Lunatic asylums Punjab 1868-1880 - 1868-1880
Year: 1868
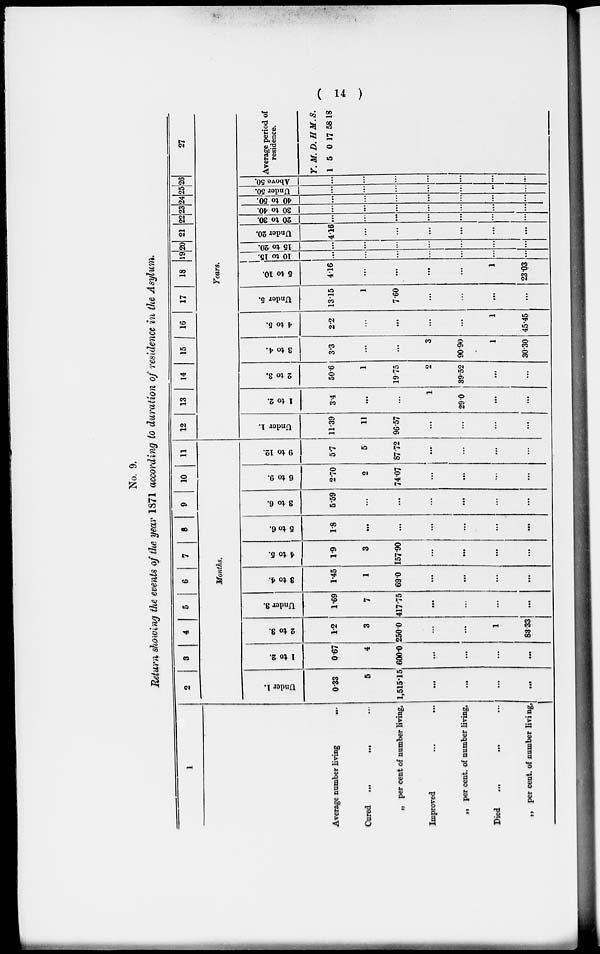
( 14 )
No. 9.
Return showing the events of the year 1871 according to duration of residence in the Asylum.
1
Average number living
...
Cured
...
...
...
„ per cent of number living,
Improved... ...
„ per cent. of number living,
Died
...
...
...
„ per cent. of number living,
2
3
4
5
6
7
8
9
10
11
Months.
Under 1.
0.33
5
1,515.15
...
...
...
...
1 to 2.
0.67
4
600.0
...
...
...
...
2 to 3.
1.2
3
250.0
...
...
1
83.33
Under 3.
.
1.69
7
417.75
...
...
...
...
3 to 4.
1.45
1
69.0
...
...
...
...
4 to 5.
1.9
3
157.90
...
...
...
5 to 6.
1.8
...
...
...
...
...
...
3 to 6.
5.59
...
...
...
...
...
...
6 to 9.
2.70
2
74.07
...
...
...
...
9 to 12.
5.7
5
87.72
...
...
...
...
12
13
14
15 16 17 18 19 20 21 22 23 24 25 26 27
Years.
Under 1.
11.39
11
96.57
...
...
...
...
1 to 2.
3.4
...
...
1
29.0
...
...
2 to 3.
50.6
1
19.75
2
39.52
...
...
3 to 4.
3.3
...
...
3
90.90
1
30.30
4 to 5.
2.2
...
...
...
...
1
45.45
Under 5.
13.15
1
7.60
...
...
...
...
5 to 10.
4.16
...
...
...
...
1
23.03
10 to 15.
...
...
...
...
...
...
...
15 to 20.
...
...
...
...
...
...
...
Under 20.
4.16
...
...
...
...
...
...
20 to 30.
...
...
...
...
...
...
...
30 to 40.
...
...
...
...
...
...
...
40 to 50.
...
...
...
...
...
...
...
Under 50.
...
...
...
...
...
...
...
Above 50.
...
...
...
...
...
...
...
Average period of
residence.
Y.M.D.H.M.S.
1 5 0 17 58 18